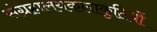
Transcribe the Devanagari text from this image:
संग्रहालयकलाकृतियों